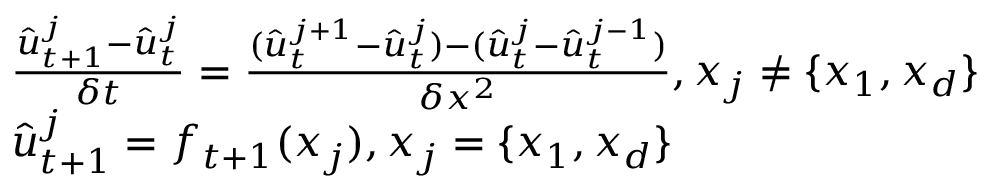
\begin{array} { r l } & { \frac { \hat { u } _ { t + 1 } ^ { j } - \hat { u } _ { t } ^ { j } } { \delta t } = \frac { ( \hat { u } _ { t } ^ { j + 1 } - \hat { u } _ { t } ^ { j } ) - ( \hat { u } _ { t } ^ { j } - \hat { u } _ { t } ^ { j - 1 } ) } { \delta x ^ { 2 } } , x _ { j } \neq \{ x _ { 1 } , x _ { d } \} } \\ & { \hat { u } _ { t + 1 } ^ { j } = f _ { t + 1 } ( x _ { j } ) , x _ { j } = \{ x _ { 1 } , x _ { d } \} } \end{array}